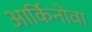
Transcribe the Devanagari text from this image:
आर्किनोवा